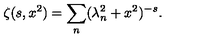
\zeta ( s , x ^ { 2 } ) = \sum _ { n } ( \lambda _ { n } ^ { 2 } + x ^ { 2 } ) ^ { - s } { . }